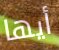
أيها